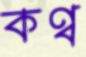
কণ্ব